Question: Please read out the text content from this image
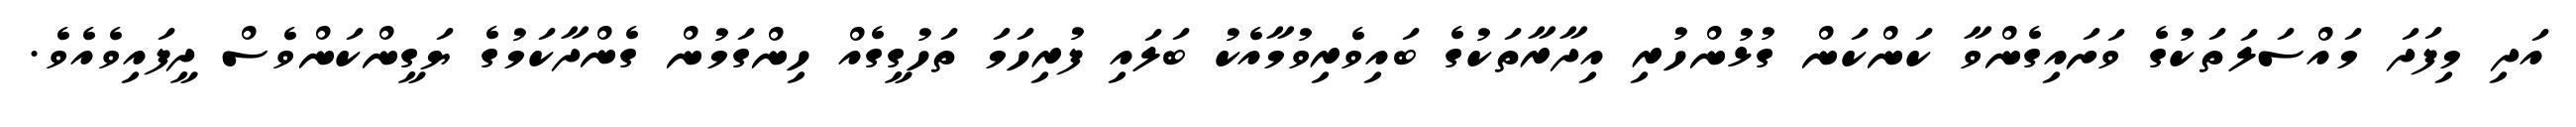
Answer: އަދި މިފަދަ މައްސަލަތަކުގެ ވަށައިގެންވާ ކަންކަން ގުޅުންހުރި އިދާރާތަކުގެ ބައިވެރިވުމާއެކު ބަލައި ފުރިހަމަ ތަހުގީގެއް ހިންގަމުން ގެންދާކަމުގެ ޔަގީންކަންވެސް ދީފައިވެއެވެ.